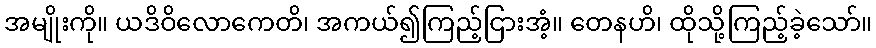
အမျိုးကို။ ယဒိဝိလောကေတိ၊ အကယ်၍ကြည့်ငြားအံ့။ တေနဟိ၊ ထိုသို့ကြည့်ခဲ့သော်။